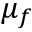
\mu _ { f }